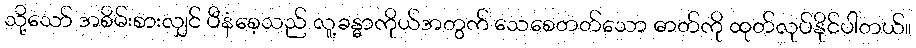
သို့သော် အစိမ်းစားလျှင် ပီနံစေ့သည် လူ့ခန္ဓာကိုယ်အတွက် သေစေတတ်သော ဓာတ်ကို ထုတ်လုပ်နိုင်ပါတယ်။